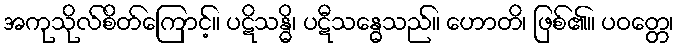
အကုသိုလ်စိတ်ကြောင့်။ ပဋိသန္ဓိ၊ ပဋီသန္ဓေသည်။ ဟောတိ၊ ဖြစ်၏။ ပဝတ္တေ၊